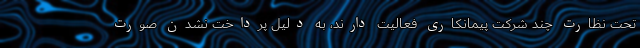
تحت نظارت چند شرکت پیمانکاری فعالیت دارند، به دلیل پرداخت نشدن صورت